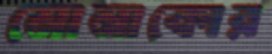
মোনাকোর